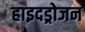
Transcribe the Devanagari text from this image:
हाइदड्रोजन